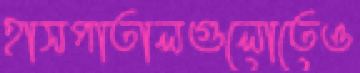
হাসপাতালগুলোতেও